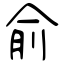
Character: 俞